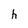
Character: h